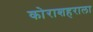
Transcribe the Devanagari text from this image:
कोराशहराला